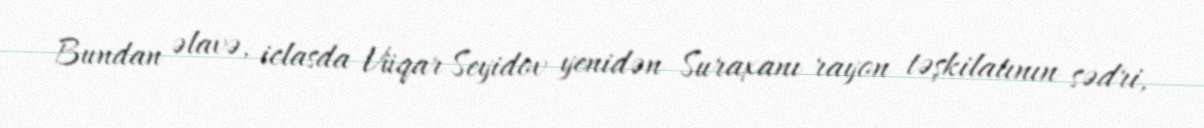
Bundan əlavə, iclasda Vüqar Seyidov yenidən Suraxanı rayon təşkilatının sədri,